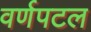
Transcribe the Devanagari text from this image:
वर्णपटल